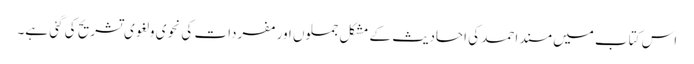
اس کتاب میں مسند احمد کی احادیث کے مشکل جملوں اور مفردات کی نحوی و لغوی تشریح کی گئی ہے۔